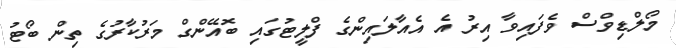
މޯލްޑިވްސް ވެފައިވާ އިރު އެ އެއާލައިންގެ ފްލީޓުގައި ބޮއޭންގް މަރުކާރުގެ ތިން ބޯޓު